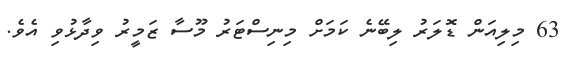
63 މިލިއަން ޑޮލަރު ލިބޭނެ ކަމަށް މިނިސްޓަރު މޫސާ ޒަމީރު ވިދާޅުވި އެވެ.